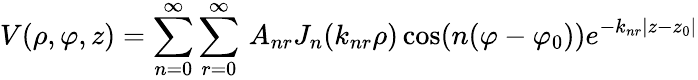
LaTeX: V(\rho,\varphi,z)=\sum_{n=0}^{\infty}\sum_{r=0}^{\infty}\, A_{nr}J_{n}(k_{nr}\rho)\cos(n(\varphi-\varphi_{0}))e^{-k_{nr}|z-z_{0}|}